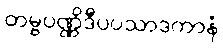
တမ္ဗပဏ္ဏိဒီပပသာဒကာနံ